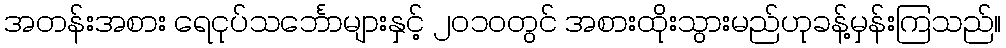
အတန်းအစား ရေငုပ်သင်္ဘောများနှင့် ၂၀၁၀တွင် အစားထိုးသွားမည်ဟုခန့်မှန်းကြသည်။